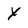
Character: x